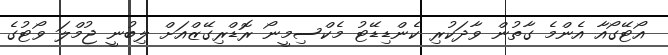
އޯޓޭގޯއާ އެންމެ ގާތުން ވާދަކުރި ކެންޑިޑޭޓު މެކްސިމީނޯ ރޮޑްރިގޭޒްއަށް ލިބުނީ ޖުމްލަ ވޯޓުގެ